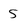
Character: 5